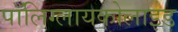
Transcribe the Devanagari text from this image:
पॉलिग्लायकोलाइड